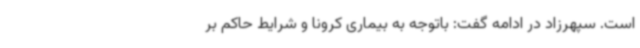
است. سپهرزاد در ادامه گفت: باتوجه به بیماری کرونا و شرایط حاکم بر